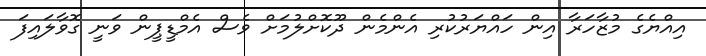
އިއްޔެގެ މުޒާހަރާ އިން ހައްޔަރުކުރި އެންމެން ދޫކޮށްލުމަށް ވެސް އެމްޑީޕީން ވަނީ ގޮވާލައިފަ